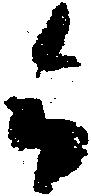
令